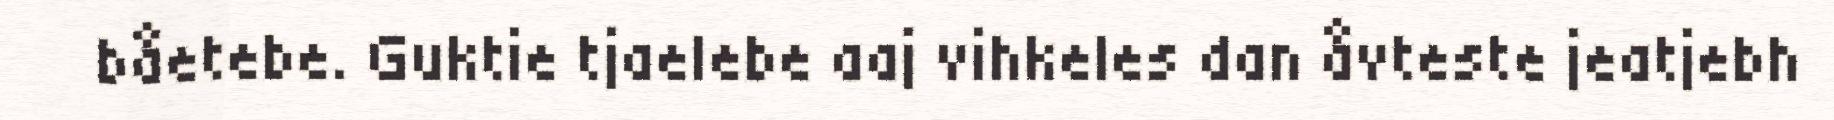
båetebe. Guktie tjaelebe aaj vihkeles dan åvteste jeatjebh